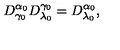
D _ { \gamma _ { 0 } } ^ { \alpha _ { 0 } } D _ { \lambda _ { 0 } } ^ { \gamma _ { 0 } } = D _ { \lambda _ { 0 } } ^ { \alpha _ { 0 } } ,